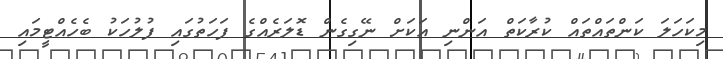
މިކަހަލަ ކަންތައްތައް ކުރާކަތް އަންނި އަކަށް ނޭގިގެން ޑޮލަރެއްގެ ފަހަތުގައި ފުލުހަކު ބެހެއްޓީމައި